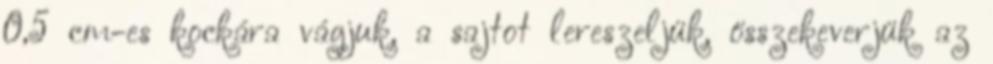
0,5 cm-es kockára vágjuk, a sajtot lereszeljük, összekeverjük az